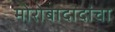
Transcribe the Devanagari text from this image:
मोरोबादादांचा